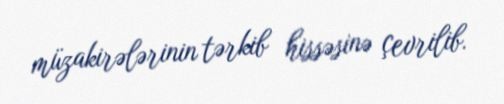
müzakirələrinin tərkib hissəsinə çevrilib.